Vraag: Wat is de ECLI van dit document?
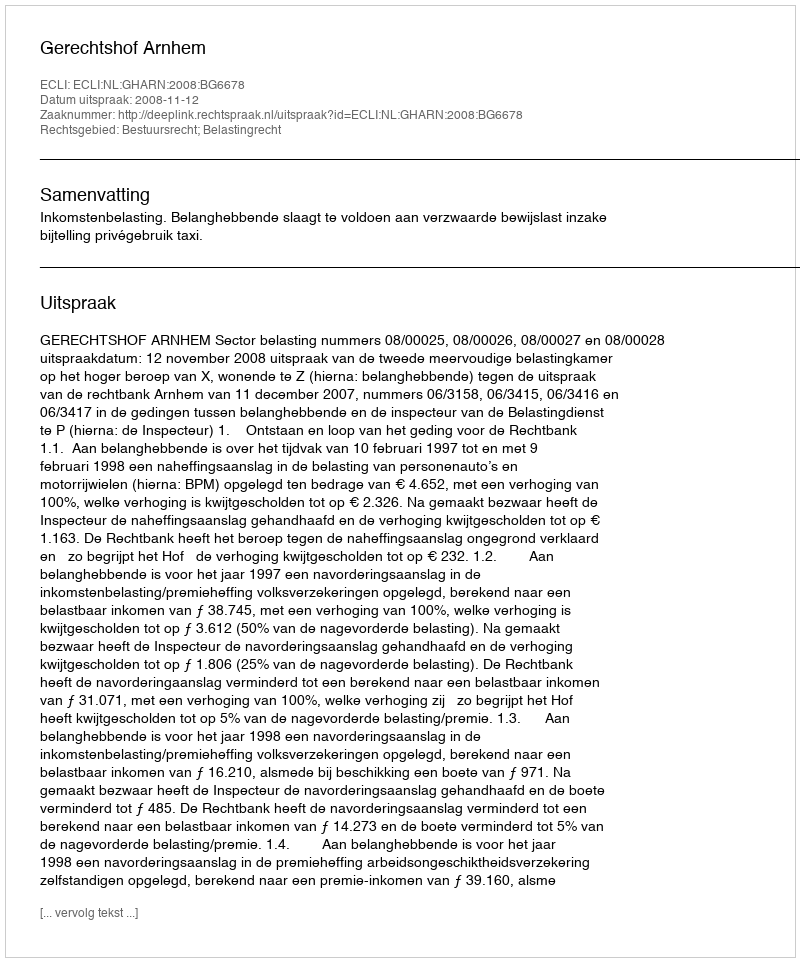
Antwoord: ECLI:NL:GHARN:2008:BG6678